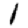
Digit: 1